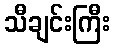
သီချင်းကြီး